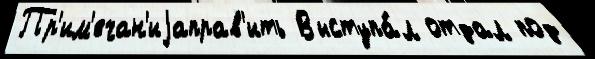
Пр'им'ечан'иjаправ'ить Выступа́л отдал под